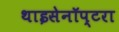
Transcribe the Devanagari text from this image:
थाइसेनॉप्टरा